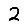
Digit: 2